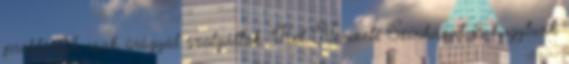
problémák csak ürügyül szolgáltak. "Két Nemzeti Színházat is hagytunk